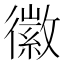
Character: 徽